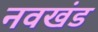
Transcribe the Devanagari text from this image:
नवखंड